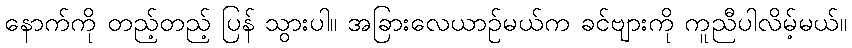
နောက်ကို တည့်တည့် ပြန် သွားပါ။ အခြားလေယာဉ်မယ်က ခင်ဗျားကို ကူညီပါလိမ့်မယ်။